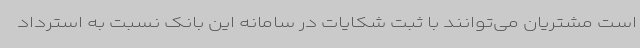
است مشتریان می‌توانند با ثبت شکایات در سامانه این بانک نسبت به استرداد